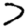
Digit: 7